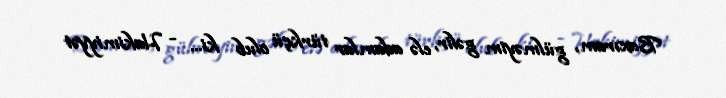
Baxıram, gülməyim gəlir, elə adamlar türkçü olub ki... - Hakimiyyət